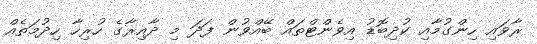
ރާވައި ހިންގުމާއި ކުދިބޮޑު އިވެންޓްތައް ބޭއްވުން ފަދަ މި ދާއިރާގެ ހުރިހާ ހިދުމަތެއް